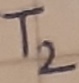
Text: T2